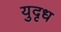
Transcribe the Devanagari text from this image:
युदृध